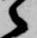
之